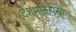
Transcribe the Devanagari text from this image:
देशभक्तिपरक